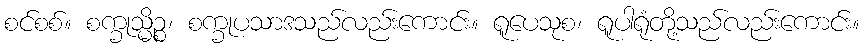
စင်စစ်။ စက္ခုသ္မိဉ္စ၊ စက္ခုပသာဒသည်လည်းကောင်း။ ရူပေသုစ၊ ရူပါရုံတို့သည်လည်းကောင်း။